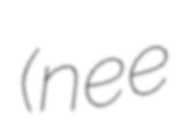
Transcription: (nee